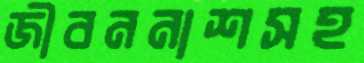
জীবননাশসহ